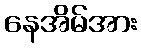
နေအိမ်အား